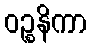
ဝဉ္စနိကာ